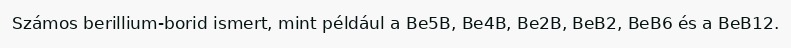
Számos berillium-borid ismert, mint például a Be5B, Be4B, Be2B, BeB2, BeB6 és a BeB12.